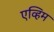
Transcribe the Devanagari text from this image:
एव्हिम